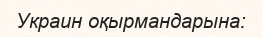
Украин оқырмандарына: